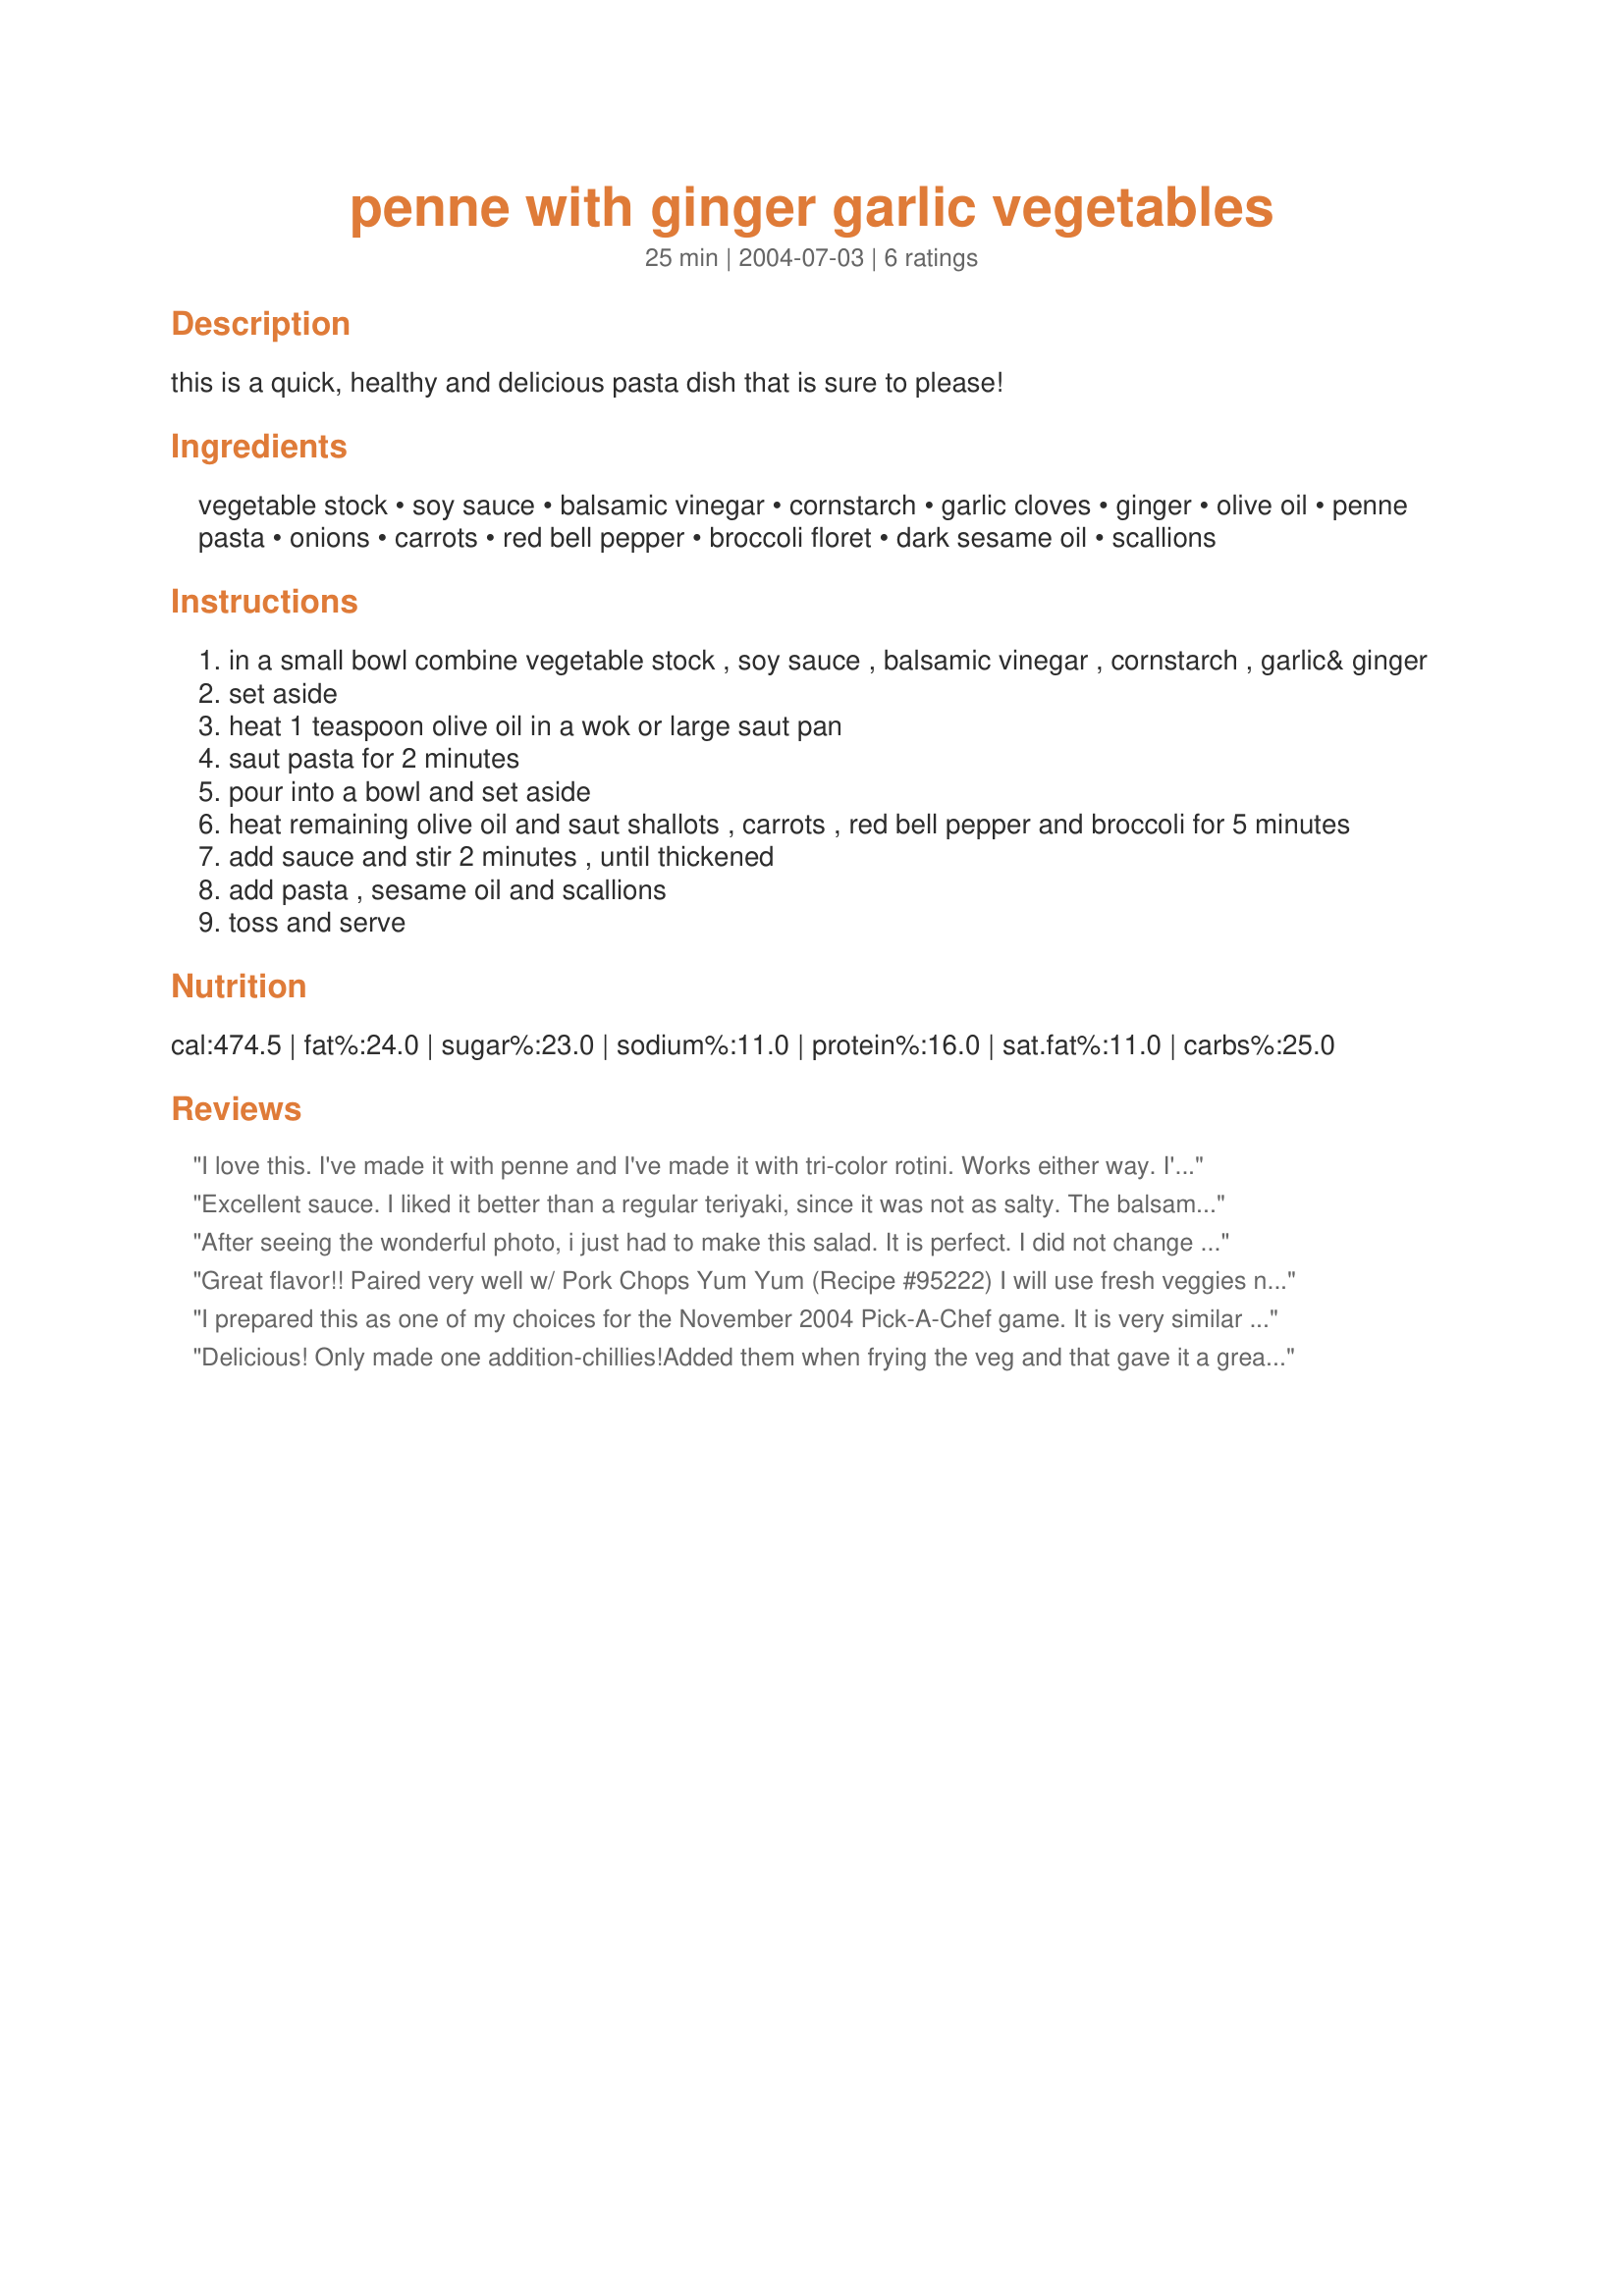
penne with ginger garlic vegetables
Preparation time: 25 minutes

this is a quick, healthy and delicious pasta dish that is sure to please!

Ingredients:
vegetable stock, soy sauce, balsamic vinegar, cornstarch, garlic cloves, ginger, olive oil, penne pasta, onions, carrots, red bell pepper, broccoli floret, dark sesame oil, scallions

Steps:
in a small bowl combine vegetable stock , soy sauce , balsamic vinegar , cornstarch , garlic& ginger
set aside
heat 1 teaspoon olive oil in a wok or large saut pan
saut pasta for 2 minutes
pour into a bowl and set aside
heat remaining olive oil and saut shallots , carrots , red bell pepper and broccoli for 5 minutes
add sauce and stir 2 minutes , until thickened
add pasta , sesame oil and scallions
toss and serve

Reviews:
I love this. I've made it with penne and I've made it with tri-color rotini. Works either way. I've also sauteed canned tuna with the veggies. This is a great go-to recipe when I don't have a lot of time to spend making supper. I'm not sure why it says this makes 35 minutes to make--for me it takes MUCH less than that, even counting the time to cook the pasta.
Excellent sauce. I liked it better than a regular teriyaki, since it was not as salty. The balsamic vinegar adds a nice flavor. I used stir fried frozen veggies (Costco) and topped with seared scallops. It was a wonderful meal.

Roxygirl
After seeing the wonderful photo, i just had to make this salad. It is perfect. I did not change a thing! We ate every last bit and served it with fresh homemade bread! Excellent! Thanks for posting!
Great flavor!! Paired very well w/ Pork Chops Yum Yum (Recipe #95222) 
I will use fresh veggies next time b/c my frozn broccoli turned out all mooshy.
I prepared this as one of my choices for the November 2004 Pick-A-Chef game. It is very similar to a veggie pasta dish that I prepare on a regular basis using whatever veggies happen to be available. The balsamic is an added flavor that I hadn't considered introducing to the dish. It provides a great tang. I did sub rigatoni for the penne, as that is what I had on hand. It worked well. This is an excellent meal on its own...or can be used a side for a simple chicken or fish course. Hubby gobbled it up, and there will be no leftovers for my lunch tomorrow. Guess that is a sure sign of a winner. LOL
Delicious! Only made one addition-chillies!Added them when frying the veg and that gave it a great kick.Made it for a dinner party so prepared it uptil step 6, and put it aside. When i was ready for dinner i quickly re heated the veggies and added the sauce. So simply and easy and so tasty.Thank you!
